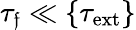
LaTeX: \tau_{\mathfrak{f}}\ll\{ \tau_{\mathrm{{ext}}}\}